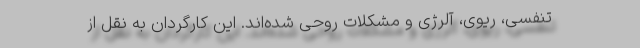
تنفسی، ریوی، آلرژی و مشکلات روحی شده‌اند. این کارگردان به نقل از